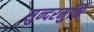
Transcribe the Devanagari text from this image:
सुन्दरमुर्थि